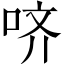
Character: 哜